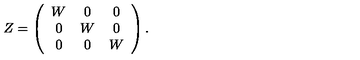
Z = \left( \begin{array} { c c c } { W } & { 0 } & { 0 } \\ { 0 } & { W } & { 0 } \\ { 0 } & { 0 } & { W } \\ \end{array} \right) .